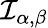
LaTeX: {\mathcal{I}}_{\alpha,\beta}